Annual report of the Central Committee of the Association together with the report of the directors of the Pasteur Institute at Kasauli
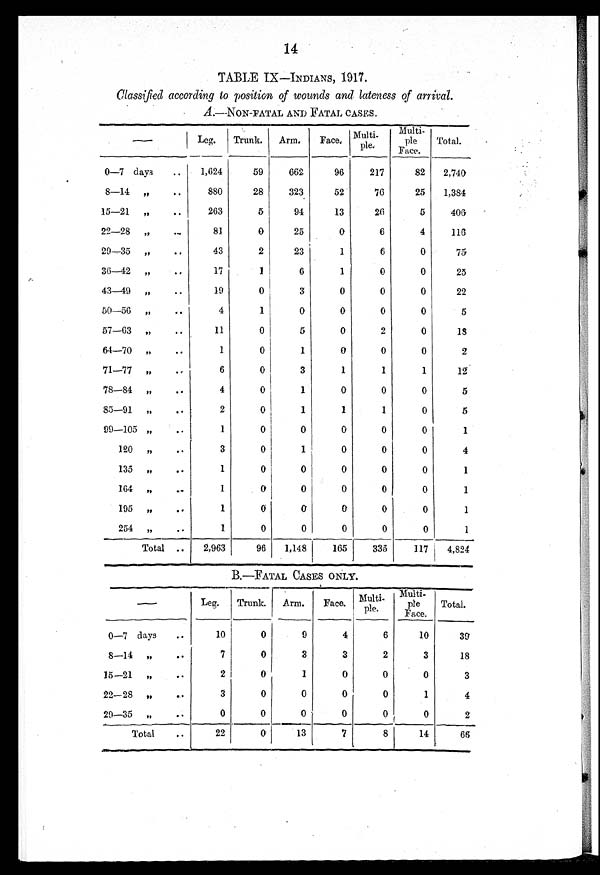
14
TABLE IX—INDIANS, 1917.
Classified according to position of wounds and lateness of arrival.
A .—NON-FATAL AND FATAL CASES.
—
Leg.
Trunk. Arm.
Face. Multi-
ple.
Multi -
ple
Face.
Total.
0—7 days
1,624
59
662
96
217
82
2,740
8—14 ,,
880
28
3 2 3
52
76
25
1,384
15—21 ,,
263
5
94
13
26
5
406
22—28 ,,
81
0
25
0
6
4
116
29—35 ,,
43
2
23
1
6
0
75
36—42 ,,
17
1
6
1
0
0
25
43—49 ,,
19
0
3
0
0
0
22
50—56 ,,
4
1
0
0
0
0
5
57—63 ,,
11
0
5
0
2
0
18
64—70 ,,
1
0
1
0
0
0
2
71—77 ,,
6
0
3
1
1
1
12
78—84 ,,
4
0
1
0
0
0
5
85—91 ,,
2
0
1
1
1
0
5
99—105 ,,
1
0
0
0
0
0
1
120 ,,
3
0
1
0
0
0
4
135 ,,
1
0
0
0
0
0
1
164 ,,
1
0
0
0
0
0
1
195 ,,
1
0
0
0
0
0
1
254 ,,
1
0
0
0
0
0
1
Total
2,963
96
1,148
165
335
117
4,824
B.—FATAL CASES ONLY.
—
Leg.
Trunk. Arm.
Face. Multi .
ple.
Multi- ple
Face.
Total.
0—7 days
10
0
9
4
6
10
39
8—14 ,,
7
0
3
3
2
3
18
15—21 ,,
2
0
1
0
0
0
3
22—28 ,,
3
0
0
0
0
1
4
29—35 ,,
0
0
0
0
0
0
2
T o t a l s
22
0
13
7
8
14
6 6